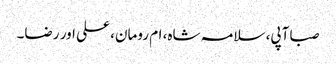
صبا آپی، سلامہ شاہ، ام رومان، علی اور رضا۔